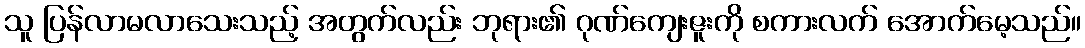
သူ ပြန်လာမလာသေးသည့် အတွက်လည်း ဘုရား၏ ဂုဏ်ကျေးဇူးကို စကားလက် အောက်မေ့သည်။